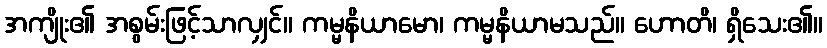
အကျိုး၏ အစွမ်းဖြင့်သာလျှင်။ ကမ္မနိယာမော၊ ကမ္မနိယာမသည်။ ဟောတိ၊ ရှိသေး၏။